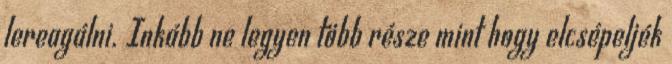
lereagálni. Inkább ne legyen több része mint hogy elcsépeljék